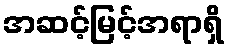
အဆင့်မြင့်အရာရှိ